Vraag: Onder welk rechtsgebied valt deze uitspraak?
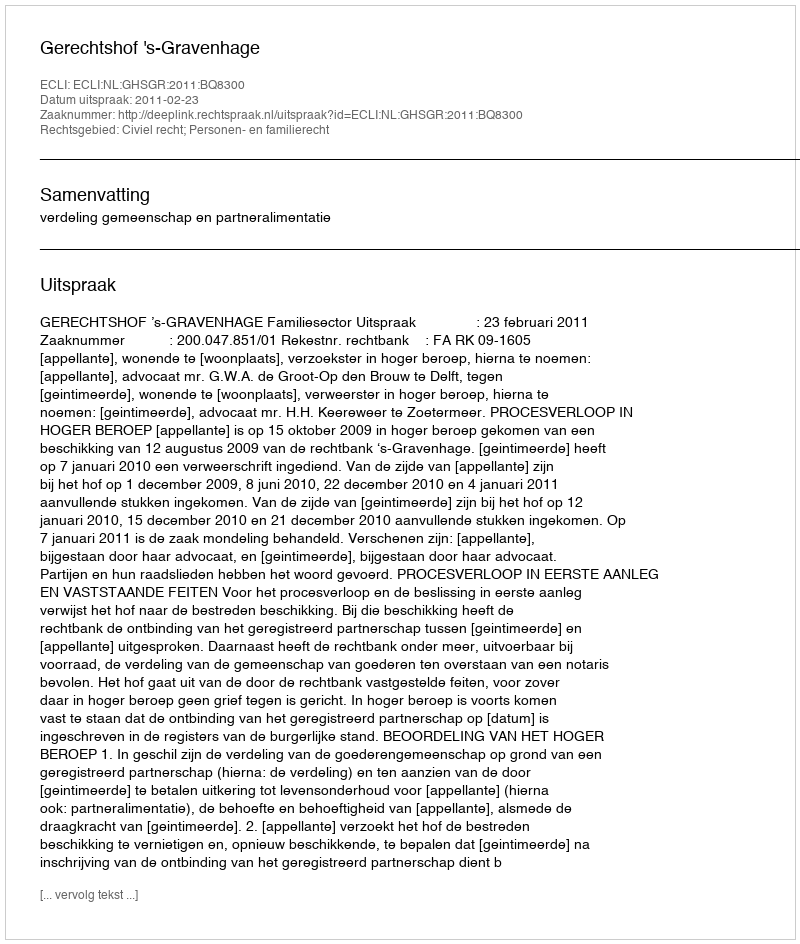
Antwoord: Civiel recht; Personen- en familierecht